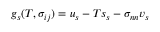
g _ { s } ( T , \sigma _ { i j } ) = u _ { s } - T s _ { s } - \sigma _ { n n } v _ { s }